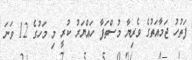
ފަތުހު ޖަމާއަތުގެ ވެރިޔާ މުސްތަފާ ހައްޔަރު ކުރީ މި މަހުގެ 12 ވަނަ